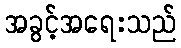
အခွင့်အရေးသည်